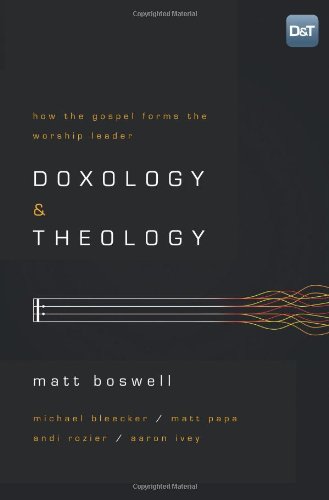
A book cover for Doxology and Theology: How the Gospel Forms the Worship Leader; Christian Books & Bibles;